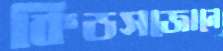
কিডসজোনে